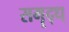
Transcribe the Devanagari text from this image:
समॄद्ध्